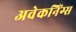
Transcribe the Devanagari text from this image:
अवेकनिंग्स